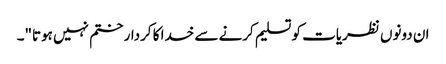
ان دونوں نظریات کو تسلیم کرنے سے خدا کا کردار ختم نہیں ہوتا"۔